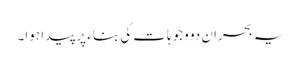
یہ بحران دو وجوہات کی بناء پر پیدا ہوا۔